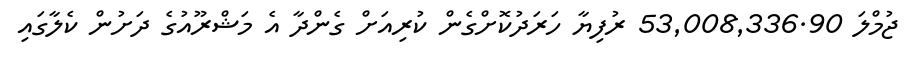
ޖުމްލަ 53